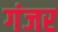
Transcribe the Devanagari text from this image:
गंजर